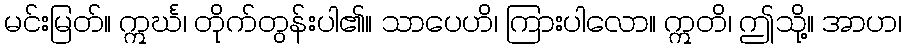
မင်းမြတ်။ ဣင်္ဃ၊ တိုက်တွန်းပါ၏။ သာပေဟိ၊ ကြားပါလော။ ဣတိ၊ ဤသို့။ အာဟ၊